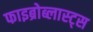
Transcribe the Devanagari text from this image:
फाइब्रोब्लास्ट्स